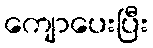
ကျောပေးပြီး